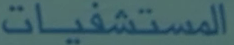
المستشفيات